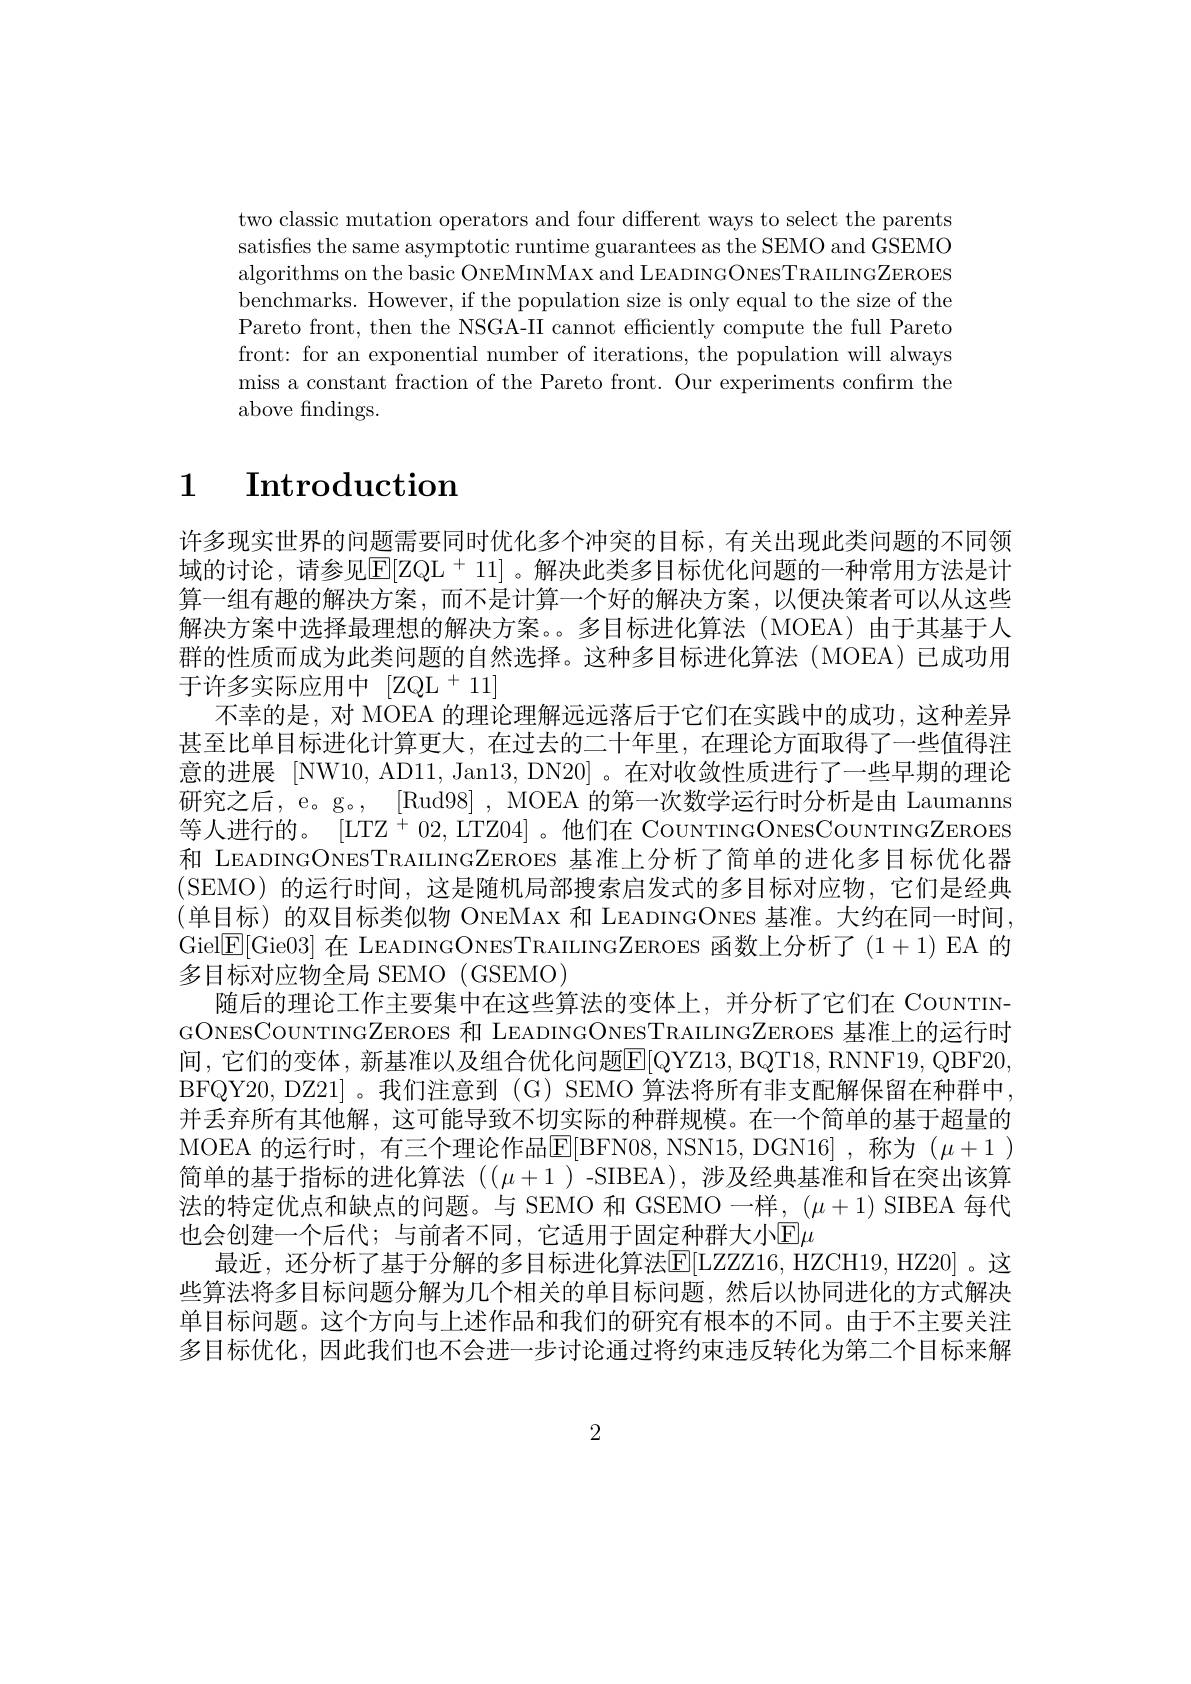
two classic mutation operators and four different ways to select the parents satisfies the same asymptotic runtime guarantees as the SEMO and GSEMO algorithms on the basic ONEMINMAX and LEADINGONESTRAILINGZEROES benchmarks. However, if the population size is only equal to the size of the Pareto front, then the NSGA-II cannot efficiently compute the full Pareto front: for an exponential number of iterations, the population will always miss a constant fraction of the Pareto front. Our experiments confrm the above findings.

# 1 $\textbf{Introduction}$

许多现实世界的问题需要同时优化多个冲突的目标，有关出现此类问题的不同领域的讨论，请参见$\mathbb{E}[\mathbb{Z}\mathbb{Q}^+11]$ 。解决此类多目标优化问题的一种常用方法是计算一组有趣的解决方案，而不是计算一个好的解决方案，以便决策者可以从这些解决方案中选择最理想的解决方案。。多目标进化算法(MOEA)由于其基于人群的性质而成为此类问题的自然选择。这种多目标进化算法(MOEA)已成功用于许多实际应用中 [ZQL + 11]
不幸的是，对 MOEA 的理论理解远远落后于它们在实践中的成功 ,这种差异甚至比单目标进化计算更大，在过去的二十年里，在理论方面取得了一些值得注意的进展 [NW10, AD11, Jan13, DN20] 。在对收敛性质进行了一些早期的理论研究之后，e。g。[ Rud98] , MOEA 的第一次数学运行时分析是由 Laumanns 等人进行的。[LTZ + 02, LTZ04] 。他们在 CouNTINGONESCOUNTINGZEROES 和 LEADINGONESTRAILINGZEROES 基准上分析了简单的进化多目标优化器(SEMO)的运行时间，这是随机局部搜索启发式的多目标对应物，它们是经典(单目标)的双目标类似物 ONEMAX 和 LEADINGONES 基准。大约在同一时间， Giel$\mathbb{E}[$Gie03] 在 LEADINGONESTRAILINGZEROES 函数上分析了(1+1) EA 的多目标对应物全局 SEMO (GSEMO)
随后的理论工作主要集中在这些算法的变体上，并分析了它们在 CouNTINGONESCOUNTINGZEROES 和 LEADINGONESTRAILINGZEROES 基准上的运行时间，它们的变体，新基准以及组合优化问题E[QYZ13,BQT18,RNNF19,QBF20 BFQY20, DZ21]。我们注意到 (G) SEMO 算法将所有非支配解保留在种群中并丢弃所有其他解，这可能导致不切实际的种群规模。在一个简单的基于超量的MOEA 的运行时，有三个理论作品$\operatorname{E}[$BFN08, NSN15, DGN16] , 称为 ( $\mu+1$ ) 简单的基于指标的进化算法 (($\mu+1$ )-SIBEA),涉及经典基准和旨在突出该算法的特定优点和缺点的问题。与 SEMO 和 GSEMO 一样，$(\mu+1)$ SIBEA 每代也会创建一个后代；与前者不同，它适用于固定种群大小E$\mu$
最近，还分析了基于分解的多目标进化算法[E|LZZZ16, HZCH19, HZ20]。这些算法将多目标问题分解为几个相关的单目标问题，然后以协同进化的方式解决单目标问题。这个方向与上述作品和我们的研究有根本的不同。由于不主要关注多目标优化，因此我们也不会进一步讨论通过将约束违反转化为第二个目标来解

2